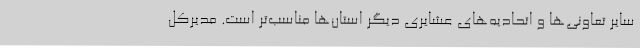
سایر تعاونی‌ها و اتحادیه‌های عشایری دیگر استان‌ها مناسب‌تر است. مدیرکل